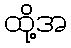
ထို့အ